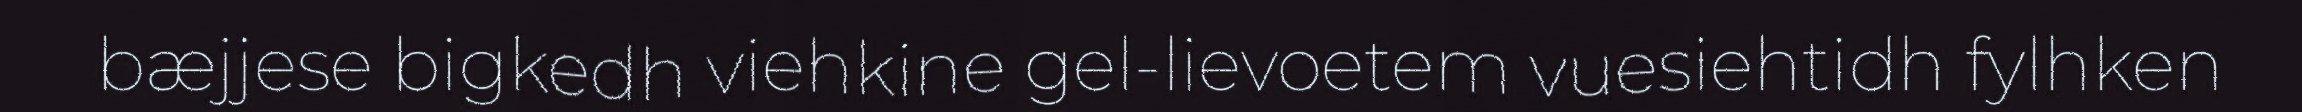
bæjjese bigkedh viehkine gel-lievoetem vuesiehtidh fylhken